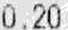
0.20